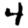
Digit: 4